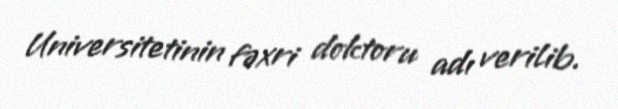
Universitetinin fəxri doktoru adı verilib.